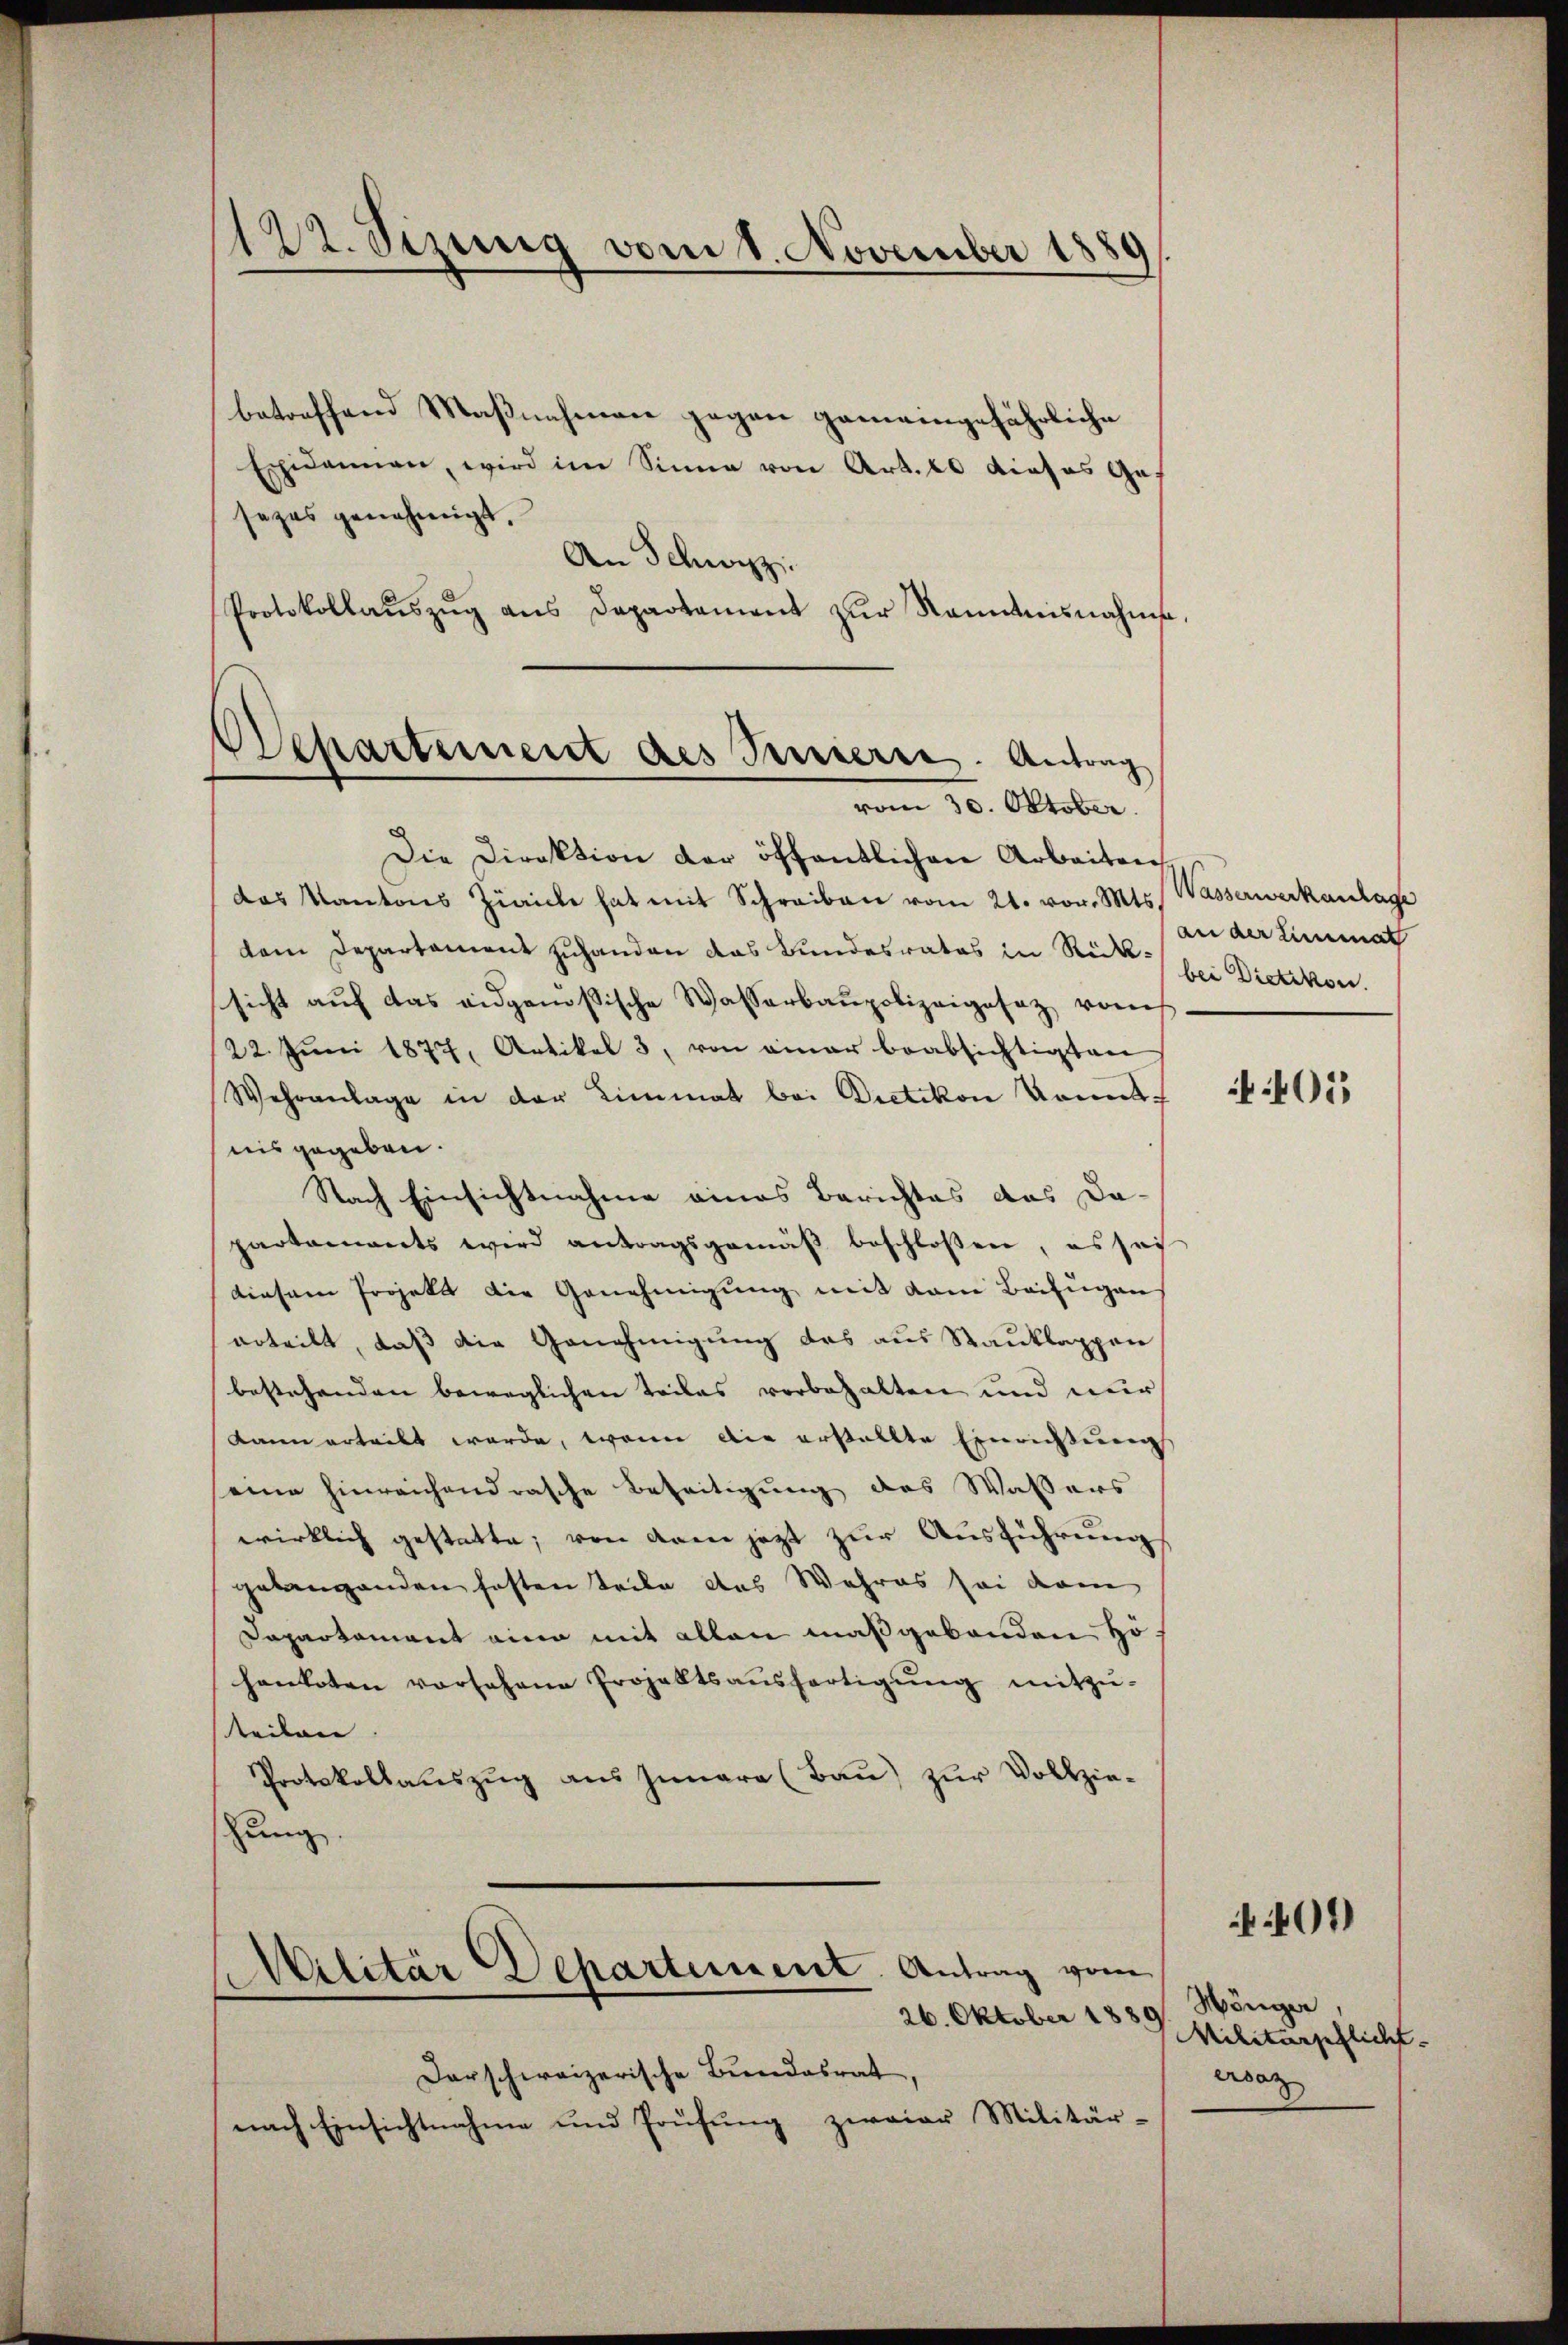
122. Sizung vom 1. November 1889

vom 30. Oktober

betreffend Maßnahmen gegen gemeingefährliche
Exidannen, wird im Sinne von Art. 20 dieses Ges
sezes genehmigt.
An Schwyz
Protokollaŭszŭg ans Departament zŭr Ranntnisnahme,
Departement des Presserre. Antrag

Die Direktion der öffentlichen Arbeiten
das Kantons Zürich hat mit Schreiben vom 21. vor. Mts. Wasserwerkanlage
dem Departament zuhanden das Bundesrates in Rück: bei Dietikon.
sicht auf das eidgenössische Wasserbaupolizeigesez vom
22. Jŭni 1877, Artikel 3, von einer beabsichtigten
Wehranlage in der Limmat bei Dietikon konnt
nis gegeben.
Nach Einsichtnahme eines Berichtes das Da-
partements wird antragsgemäβ beschlossen, es sei
diesem Projekt die Genehmigung mit dem Beifügen
erteilt, daß die Genehmigung des aus Stanklappen
bestehenden beweglichen Teiles vorbehalten und nur
kann erteilt werde, wenn die erstellte Einrichtung
eine hinreichend rasche Beseitigung des Wassers
wirklich gestatte; von denn jezt zur Ausführung
gelangenden haften Teile das Wahres sei dann
Dapartament eine mit allen maßgebanden Höf
hanboten vorsehene Prohaltsaŭsfertigŭng mitzŭ-
teilen.
Protokollauszug aus Iunara (Bau) zur Vollziehung

Militär Departement. Antrag vom
26. Oktober 1889

an der Limmat

darschweizerische Bundesrat
nach Einsichtnahme und Prüfung zweier Militär-

01

Hänger
Militärschlicht.
ersatz

401)